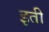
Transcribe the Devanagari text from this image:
इती